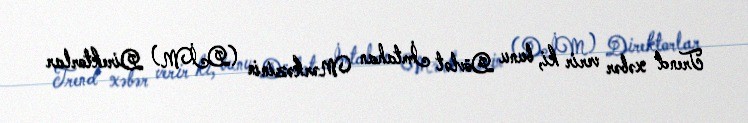
Trend xəbər verir ki, bunu Dövlət İmtahan Mərkəzinin (DİM) Direktorlar